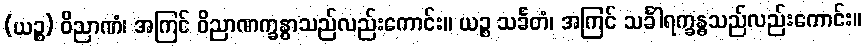
(ယဉ္စ) ဝိညာဏံ၊ အကြင် ဝိညာဏက္ခန္ဓာသည်လည်းကောင်း။ ယဉ္စ သင်္ခတံ၊ အကြင် သင်္ခါရက္ခန္ဓသည်လည်းကောင်း။